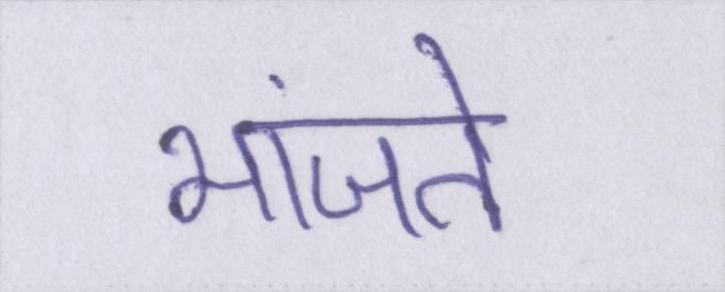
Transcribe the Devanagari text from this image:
भांजते